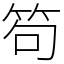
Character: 笱